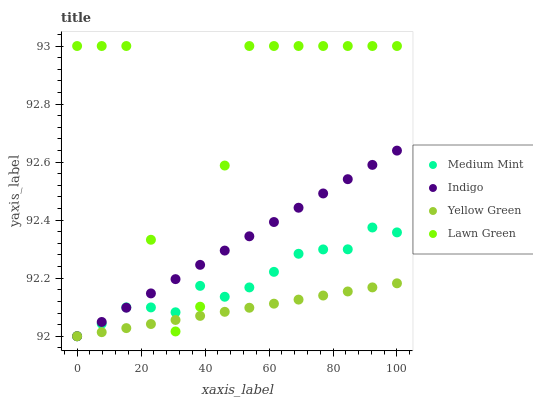
| xaxis_label | Medium Mint | Indigo | Yellow Green | Lawn Green |
 | --- | --- | --- | --- | --- |
 | 0 | 92 | 92 | 92 | 93 |
 | 7.69 | 92 | 92 | 92 | 93 |
 | 15.4 | 92.1 | 92.1 | 92 | 93 |
 | 23.1 | 92.1 | 92.1 | 92 | 92.3 |
 | 30.8 | 92.1 | 92.2 | 92.1 | 92 |
 | 38.5 | 92.2 | 92.2 | 92.1 | 92.1 |
 | 46.2 | 92.1 | 92.3 | 92.1 | 92.6 |
 | 53.8 | 92.2 | 92.3 | 92.1 | 93 |
 | 61.5 | 92.2 | 92.4 | 92.1 | 93 |
 | 69.2 | 92.3 | 92.4 | 92.1 | 93 |
 | 76.9 | 92.3 | 92.5 | 92.1 | 93 |
 | 84.6 | 92.3 | 92.5 | 92.2 | 93 |
 | 92.3 | 92.4 | 92.6 | 92.2 | 93 |
 | 100 | 92.4 | 92.6 | 92.2 | 93 |